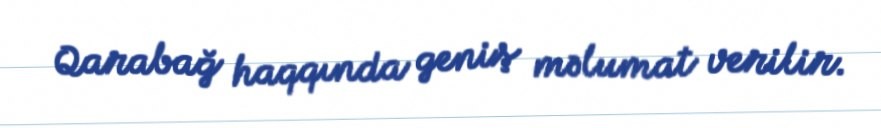
Qarabağ haqqında geniş məlumat verilir.